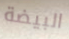
البيضة